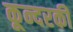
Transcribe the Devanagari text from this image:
कून्दरकी